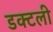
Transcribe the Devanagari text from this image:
डक्टली